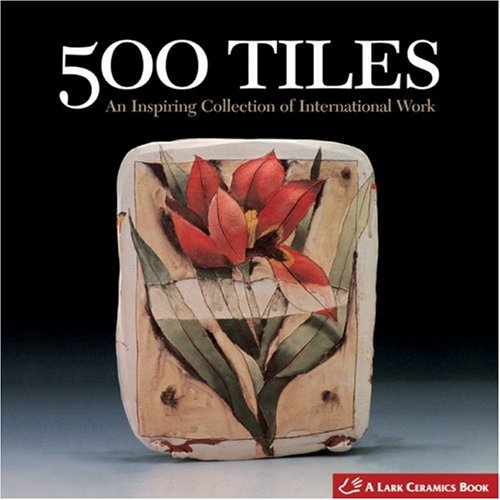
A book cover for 500 Tiles: An Inspiring Collection of International Work (500 Series); Lark Books; Crafts, Hobbies & Home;